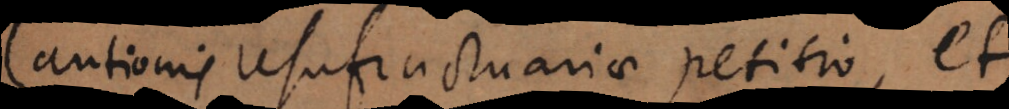
Cautionis usufructuariae petitio, et